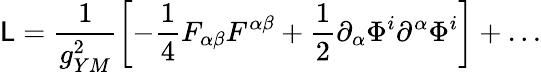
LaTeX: \mathsf{L}=\frac{{1}}{{g_{YM}^{2}}}\left[-\frac{{1}}{{4}}F_{\alpha\beta}F^{\alpha\beta}+\frac{{1}}{{2}}\partial_{\alpha}\Phi^{i}\partial^{\alpha}\Phi^{i}\right]+\dots